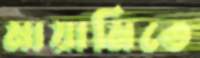
মায়ামিতে